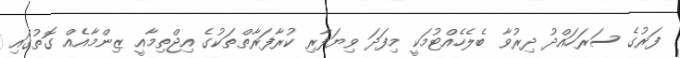
ފަރުގެ ސަރަހައްދު ދިރުވާ ބެލެހެއްޓުމަކީ މިފަދަ ވިޔަފާރި ކުރާފަރާތްތަކުގެ އިޖްތިމާއީ ޒިންމާއެއް ގޮތުގައި